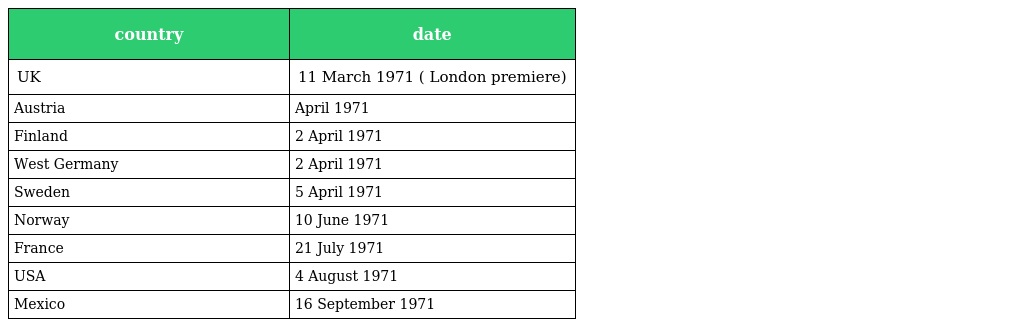
| country | date |
 | --- | --- |
 | UK | 11 March 1971 ( London premiere) |
 | Austria | April 1971 |
 | Finland | 2 April 1971 |
 | West Germany | 2 April 1971 |
 | Sweden | 5 April 1971 |
 | Norway | 10 June 1971 |
 | France | 21 July 1971 |
 | USA | 4 August 1971 |
 | Mexico | 16 September 1971 |